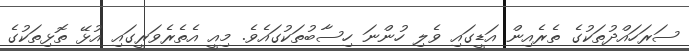
ސަރަހައްދުތަކުގެ ތެރެއިން އަޑީގައި ވެލި ހުންނަ ހިސާބުތަކުގައެވެ. މިއީ އެތެރެވަރީގައި އުޅޭ ތޮޅިތަކުގެ